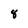
Character: 8